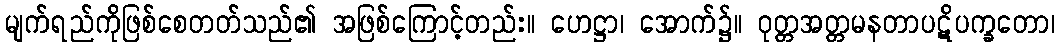
မျက်ရည်ကိုဖြစ်စေတတ်သည်၏ အဖြစ်ကြောင့်တည်း။ ဟေဋ္ဌာ၊ အောက်၌။ ဝုတ္တအတ္တမနတာပဋိပက္ခတော၊